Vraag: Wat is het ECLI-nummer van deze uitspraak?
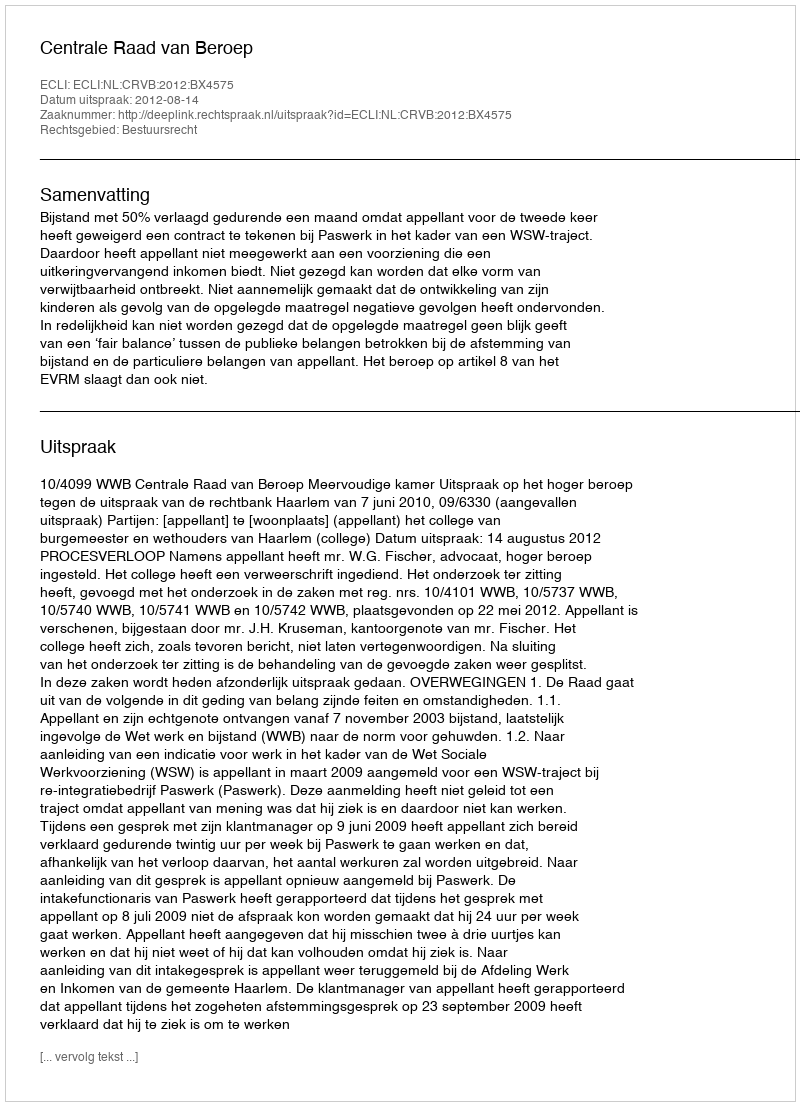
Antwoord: ECLI:NL:CRVB:2012:BX4575